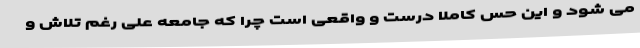
می شود و این حس کاملا درست و واقعی است چرا که جامعه علی رغم تلاش و